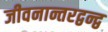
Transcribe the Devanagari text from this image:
जीवनान्तरद्वन्द्व